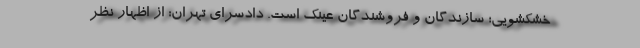
خشکشویی؛ سازندگان و فروشندگان عینک است. دادسرای تهران: از اظهار نظر